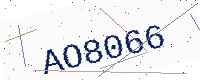
Text: AO8066